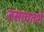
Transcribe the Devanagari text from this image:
तसाचतशे